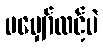
မမျှော်လင့်ပဲ